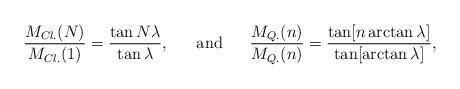
LaTeX: \begin{align*}{M_{Cl.}(N)\over M_{Cl.}(1)}=\displaystyle{{\tan N\lambda\over \tan\lambda}},\ \ \ \ \ {\rm and}\ \ \ \ \ {M_{Q.}(n)\over M_{Q.}(n)}=\displaystyle{{\tan [n\arctan\lambda]\over \tan[\arctan\lambda]}},\end{align*}